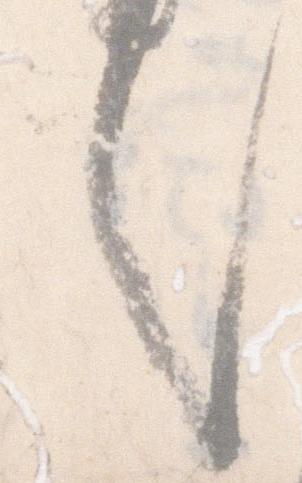
言